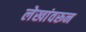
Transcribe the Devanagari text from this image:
लेखांवरून